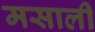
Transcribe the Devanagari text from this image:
मसाली